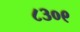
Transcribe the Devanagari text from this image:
८३०९